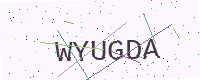
Text: WYUGDA